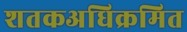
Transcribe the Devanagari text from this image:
शतकअधिक्रमित